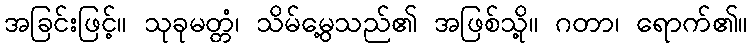
အခြင်းဖြင့်။ သုခုမတ္တံ၊ သိမ်မွေ့သည်၏ အဖြစ်သို့။ ဂတာ၊ ရောက်၏။